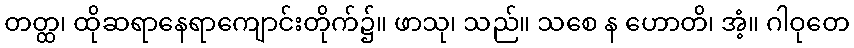
တတ္ထ၊ ထိုဆရာနေရာကျောင်းတိုက်၌။ ဖာသု၊ သည်။ သစေ န ဟောတိ၊ အံ့။ ဂါဝုတေ